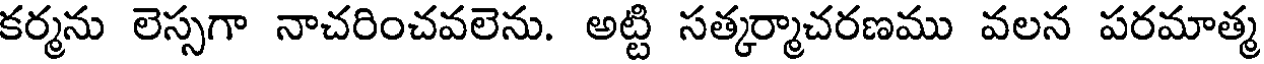
కర్మను లెస్సగా నాచరించవలెను. అట్టి సత్కర్మాచరణము వలన పరమాత్మ